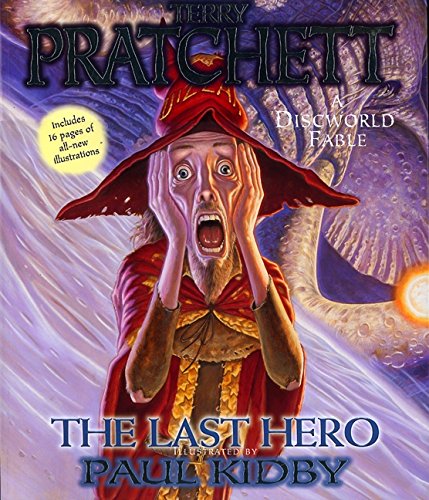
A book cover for The Last Hero: A Discworld Fable; Terry Pratchett; Humor & Entertainment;